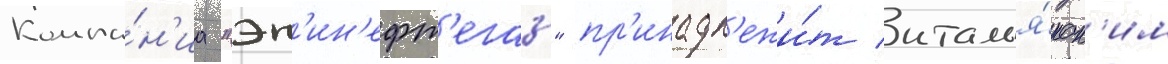
Компа́н'иа "эн'ин'ефт'егаз" пр'инадл'ежи́т италья́нск'им